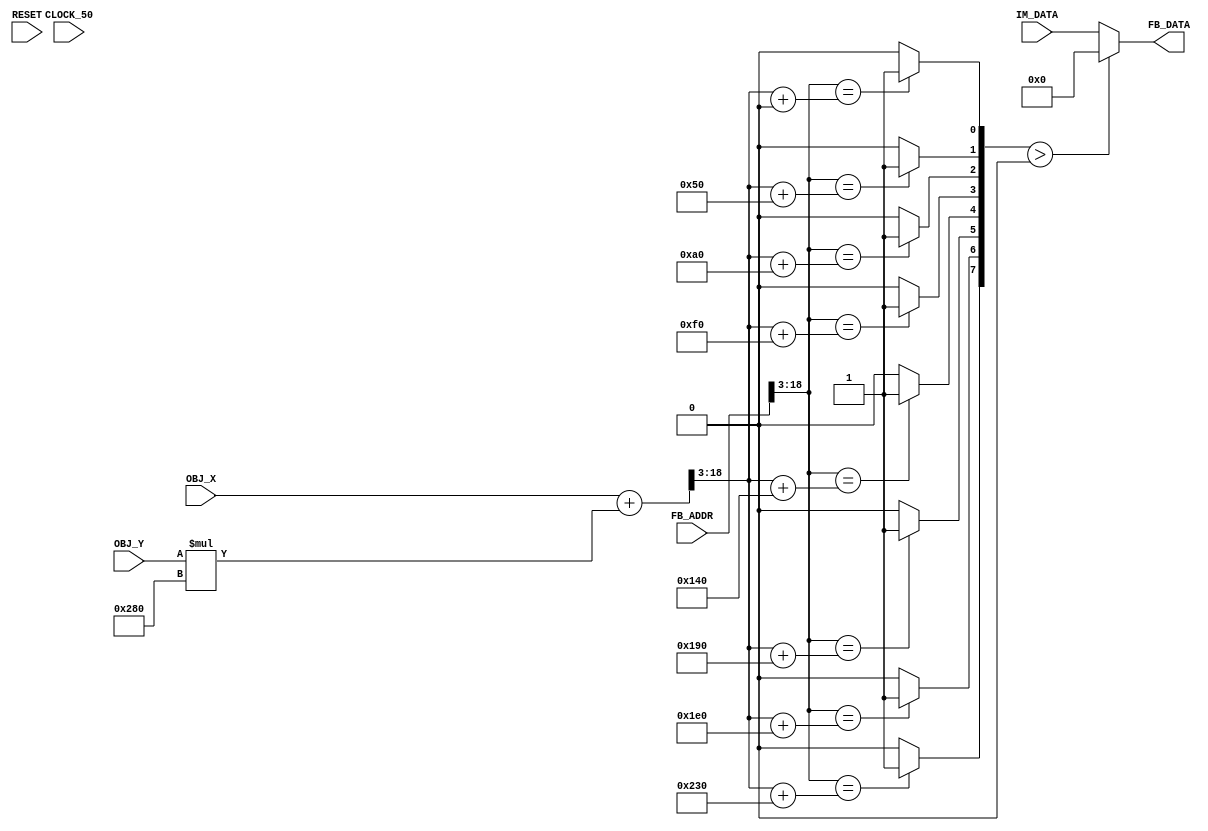
module image_processing(
  input CLOCK_50,
  input RESET,
  
  input [7:0] IM_DATA, 
  input [9:0] OBJ_X, OBJ_Y,
  input [18:0] FB_ADDR,
  
  output [7:0] FB_DATA
  
  );
  
  
  wire [7:0] overwrite;
  wire [18:0] obj_origin;
  
  assign obj_origin = OBJ_X + (OBJ_Y * 640);
  
  assign overwrite[0] = (FB_ADDR[18:3] == obj_origin[18:3] + (80*0)) ? 1'b1 : 1'b0;
  assign overwrite[1] = (FB_ADDR[18:3] == obj_origin[18:3] + (80*1)) ? 1'b1 : 1'b0;
  assign overwrite[2] = (FB_ADDR[18:3] == obj_origin[18:3] + (80*2)) ? 1'b1 : 1'b0;
  assign overwrite[3] = (FB_ADDR[18:3] == obj_origin[18:3] + (80*3)) ? 1'b1 : 1'b0;
  assign overwrite[4] = (FB_ADDR[18:3] == obj_origin[18:3] + (80*4)) ? 1'b1 : 1'b0;
  assign overwrite[5] = (FB_ADDR[18:3] == obj_origin[18:3] + (80*5)) ? 1'b1 : 1'b0;
  assign overwrite[6] = (FB_ADDR[18:3] == obj_origin[18:3] + (80*6)) ? 1'b1 : 1'b0;
  assign overwrite[7] = (FB_ADDR[18:3] == obj_origin[18:3] + (80*7)) ? 1'b1 : 1'b0;
  
  assign FB_DATA = (overwrite > 8'h00) ? 8'h00 : IM_DATA;
  
endmodule